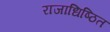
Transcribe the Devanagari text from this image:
राजाधिष्ठित